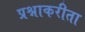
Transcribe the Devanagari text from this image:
प्रश्नाकरीता